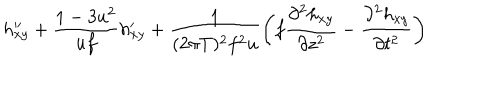
h _ { x y } ^ { \prime \prime } + { \frac { 1 - 3 u ^ { 2 } } { u f } } h _ { x y } ^ { \prime } + { \frac { 1 } { ( 2 \pi T ) ^ { 2 } f ^ { 2 } u } } \biggl ( f { \frac { \partial ^ { 2 } h _ { x y } } { \partial z ^ { 2 } } } - { \frac { \partial ^ { 2 } h _ { x y } } { \partial t ^ { 2 } } } \biggr )